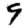
Digit: 9